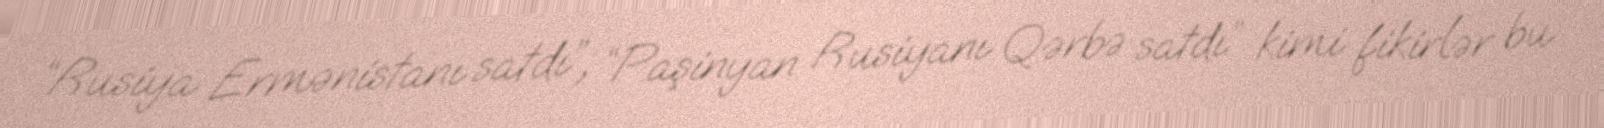
“Rusiya Ermənistanı satdı”, “Paşinyan Rusiyanı Qərbə satdı” kimi fikirlər bu